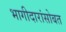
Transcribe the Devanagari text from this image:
भागीदारांसोबत